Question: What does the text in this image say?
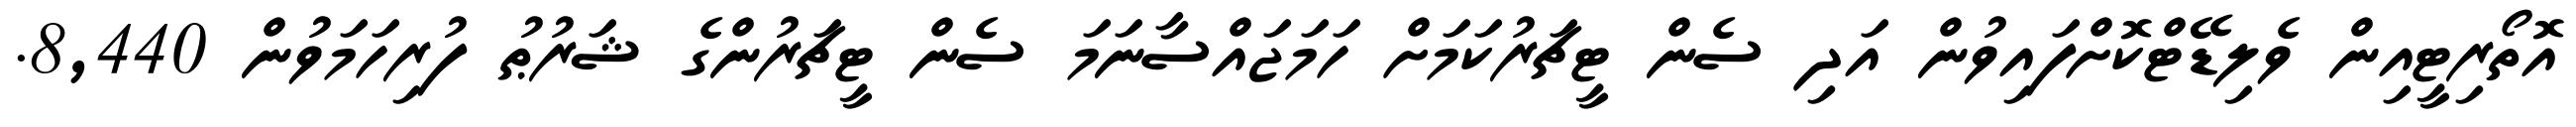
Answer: އޮތޯރިޓީއިން ވެލިޑޭޓްކޮށްފައިވުން އަދި ސެން ޓީޗަރުކަމަށް ހަމަޖައްސާނަމަ ސެން ޓީޗަރުންގެ ޝަރުޠު ފުރިހަމަވުން 8,440.